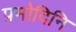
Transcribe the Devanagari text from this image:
प्रमोदिनि